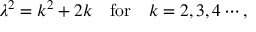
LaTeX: \lambda ^ { 2 } = k ^ { 2 } + 2 k \quad \mathrm { f o r } \quad k = 2 , 3 , 4 \cdots ,